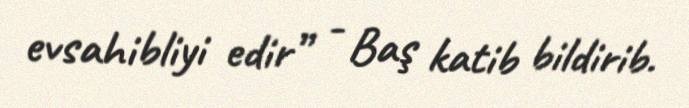
evsahibliyi edir” - Baş katib bildirib.